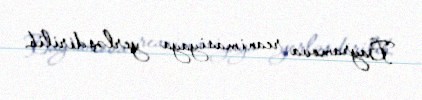
Bayramova reanimasiyaya yerləşdirilib.